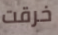
خرقت